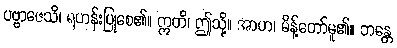
ပဗ္ဗာဇေသိ၊ ရဟန်းပြုစေ၏။ ဣတိ၊ ဤသို့။ အာဟ၊ မိန့်တော်မူ၏။ ဘန္တေ